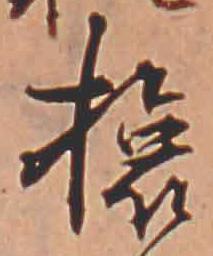
旅